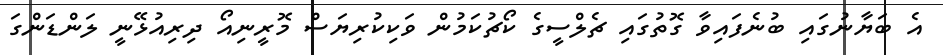
އެ ބަޔާނުގައި ބުނެފައިވާ ގޮތުގައި ޗެލްސީގެ ކޯޗުކަމުން ވަކިކުރިޔަސް މޮރީނިއޯ ދިރިއުޅޭނީ ލަންޑަންގަ